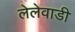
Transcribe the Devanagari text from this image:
लेलेवाडी